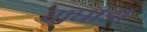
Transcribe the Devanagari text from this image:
वाघाडा